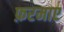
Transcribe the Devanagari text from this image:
फ़रमाए